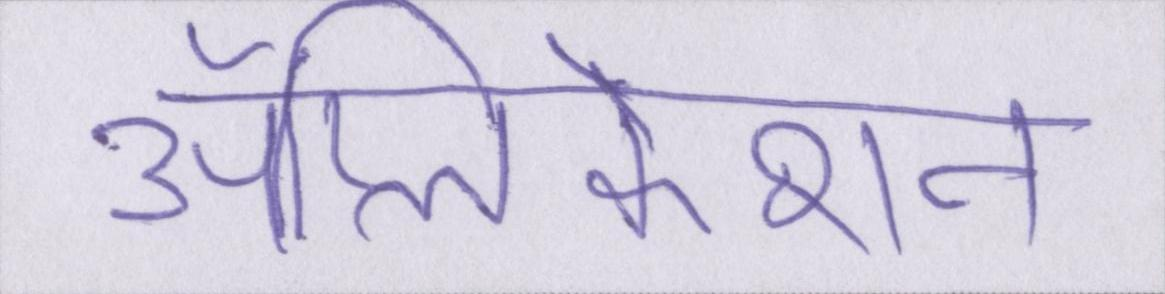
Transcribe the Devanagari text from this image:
ॲप्लिकेशन